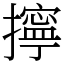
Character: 擰